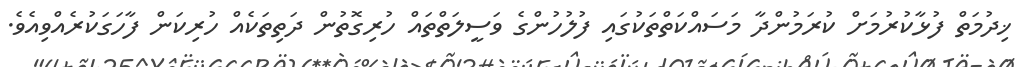
ޚިދުމަތް ފުޅާކުރުމަށް ކުރަމުންދާ މަސައްކަތްތަކުގައި ފުލުހުންގެ ވަސީލަތްތައް ހުރިގޮތުން ދަތިތަކެއް ހުރިކަން ފާހަގަކުރެއްވިއެވެ.